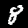
Label: 8